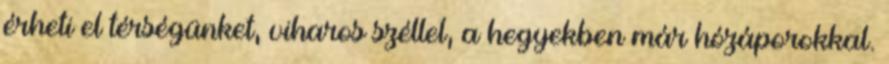
érheti el térségünket, viharos széllel, a hegyekben már hózáporokkal.